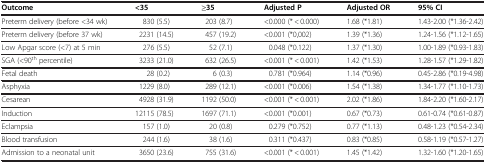
| Outcome | <35 | ≥35 | Adjusted P | Adjusted OR | 95% CI |
 | --- | --- | --- | --- | --- | --- |
 | Preterm delivery (before <34 wk) | 830 (5.5) | 203 (8.7) | <0.000 (* < 0.000) | 1.68 (*1.81) | 1.43-2.00 (*1.36-2.42) |
 | Preterm delivery (before 37 wk) | 2231 (14.5) | 457 (19.2) | <0.001 (*0,002) | 1.39 (*1.36) | 1.24-1.56 (*1.12-1.65) |
 | Low Apgar score (<7) at 5 min | 276 (5.5) | 52 (7.1) | 0.048 (*0.122) | 1.37 (*1.30) | 1.00-1.89 (*0.93-1.83) |
 | SGA (<90th percentile) | 3233 (21.0) | 632 (26.5) | <0.001 (* < 0.001) | 1.42 (*1.53) | 1.28-1.57 (*1.29-1.82) |
 | Fetal death | 28 (0.2) | 6 (0.3) | 0.781 (*0.964) | 1.14 (*0.96) | 0.45-2.86 (*0.19-4.98) |
 | Asphyxia | 1229 (8.0) | 289 (12.1) | <0.001 (*0.006) | 1.54 (*1.38) | 1.34-1.77 (*1.10-1.73) |
 | Cesarean | 4928 (31.9) | 1192 (50.0) | <0.001 (* < 0.001) | 2.02 (*1.86) | 1.84-2.20 (*1.60-2.17) |
 | Induction | 12115 (78.5) | 1697 (71.1) | <0.001 (*0.001) | 0.67 (*0.73) | 0.61-0.74 (*0.61-0.87) |
 | Eclampsia | 157 (1.0) | 20 (0.8) | 0.279 (*0.752) | 0.77 (*1.13) | 0.48-1.23 (*0.54-2.34) |
 | Blood transfusion | 244 (1.6) | 38 (1.6) | 0.311 (*0.437) | 0.83 (*0.85) | 0.58-1.19 (*0.57-1.27) |
 | Admission to a neonatal unit | 3650 (23.6) | 755 (31.6) | <0.001 (* < 0.001) | 1.45 (*1.42) | 1.32-1.60 (*1.20-1.65) |